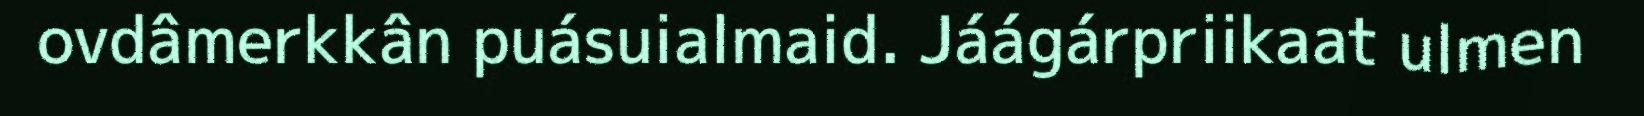
ovdâmerkkân puásuialmaid. Jáágárpriikaat ulmen